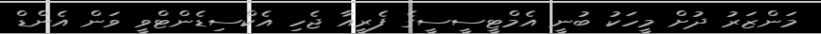
މަންޒަރު ދުށް މީހަކު ބުނީ އެމްޓީސީސީގެ ފެރީއާ ޖެހި އެކްސިޑެންޓްވީ ވަން އެންޑް